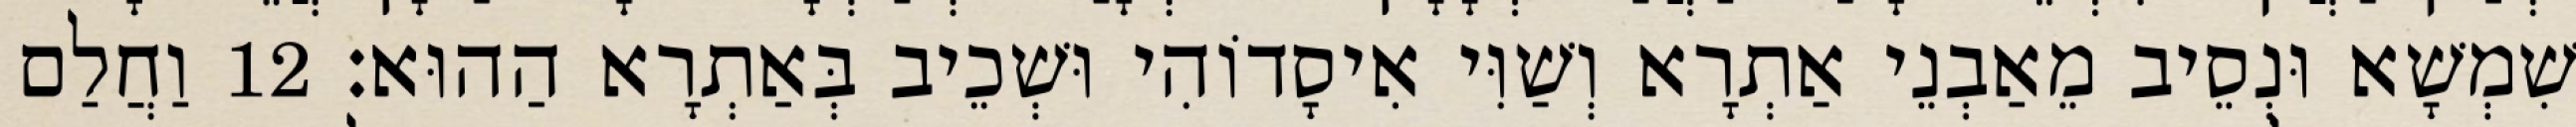
שִׁמְשָׁא וּנְסֵיב מֵאַבְנֵי אַתְרָא וְשַׁוִּי אִיסָדוֹהִי וּשְׁכֵיב בְּאַתְרָא הַהוּא׃ 12 וַחֲלַם